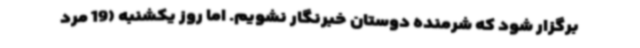
برگزار شود که شرمنده دوستان خبرنگار نشویم. اما روز یکشنبه (19 مرد